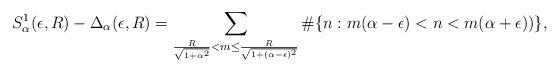
LaTeX: \begin{align*}S^{1}_{\alpha}(\epsilon,R) - \Delta_{\alpha}(\epsilon,R)= \sum_{\frac{R}{\sqrt{1+\alpha^{2}}}< m \leq \frac{R}{\sqrt{1+(\alpha-\epsilon)^{2}}}}\#\{n: m(\alpha-\epsilon)< n < m(\alpha+\epsilon))\},\end{align*}